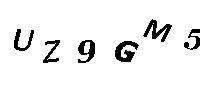
UZ9GM5